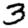
Digit: 3